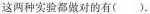
这两种实验都做对的有（）。